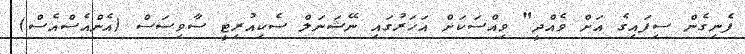
ފެނިގެން ސިފައިގެ އަށް ވެއްދީ" ވިއްސަކަށް އަހަރުގައި ނޭޝަނަލް ސެކިއުރިޓީ ސާވިސަސް (އެންއެސްއެސް)